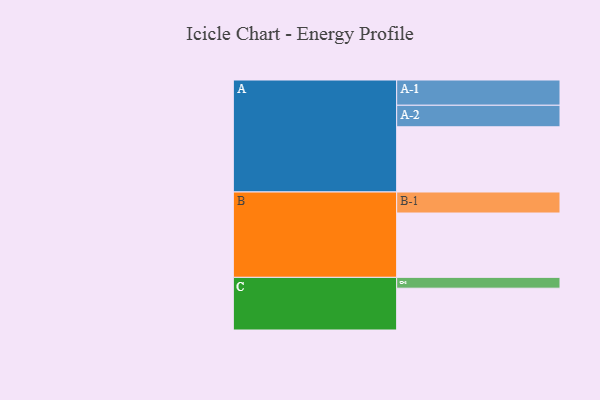
{"axis": {"x": "Segment", "y": "Value"}, "legend": ["", "A", "B", "C"], "data": [{"x": "A", "y": 524, "type": ""}, {"x": "B", "y": 517, "type": ""}, {"x": "C", "y": 336, "type": ""}, {"x": "A-1", "y": 203, "type": "A"}, {"x": "A-2", "y": 173, "type": "A"}, {"x": "B-1", "y": 169, "type": "B"}, {"x": "C-1", "y": 87, "type": "C"}]}